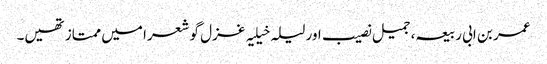
عمر بن ابی ربیعہ، جمیل نصیب اور لیلہ خیلیہ غزل گو شعرا میں ممتاز تھیں۔